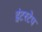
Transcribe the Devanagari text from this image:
इंटरटेप